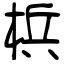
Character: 梹